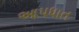
આપધાત